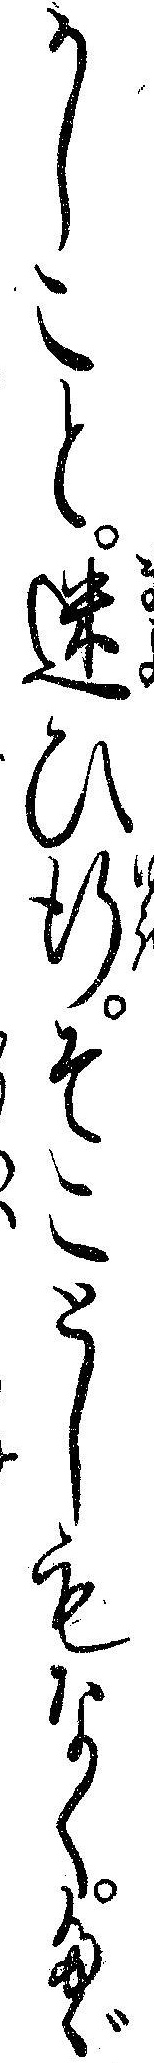
かしこと迷ひ行そことしもなくたゞ